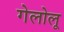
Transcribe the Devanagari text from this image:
गेलोलू